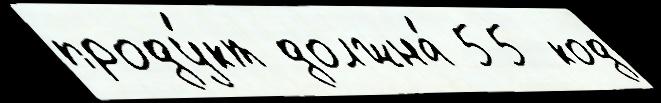
проду́кт должна́ 55 код